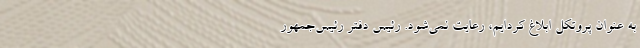
به عنوان پروتکل ابلاغ کردایم، رعایت نمی‌شود. رئیس دفتر رئیس‌جمهور